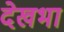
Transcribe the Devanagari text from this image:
देखभा